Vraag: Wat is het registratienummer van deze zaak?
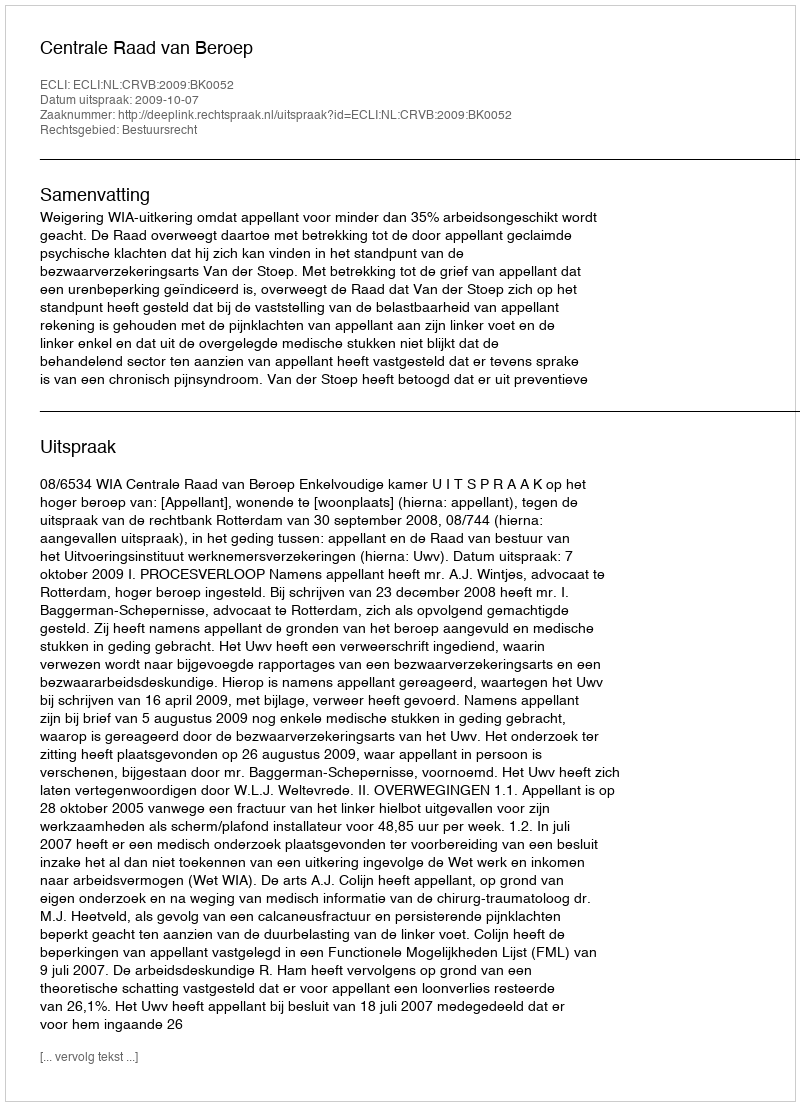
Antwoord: http://deeplink.rechtspraak.nl/uitspraak?id=ECLI:NL:CRVB:2009:BK0052